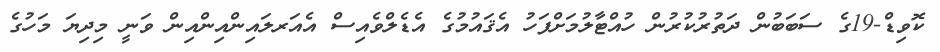
ކޮވިޑް-19ގެ ސަބަބުން ދަތުރުކުރުން ހުއްޓާލުމަށްފަހު އެޤައުމުގެ އެޑެލްވެއިސް އެއަރލައިންއިންއިން ވަނީ މިދިޔަ މަހުގެ